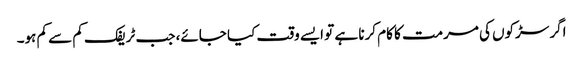
اگر سڑکوں کی مرمت کا کام کرنا ہے تو ایسے وقت کیا جائے، جب ٹریفک کم سے کم ہو۔